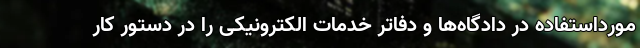
مورداستفاده در دادگاه‌ها و دفاتر خدمات الکترونیکی را در دستور کار